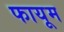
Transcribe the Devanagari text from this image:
फायूम